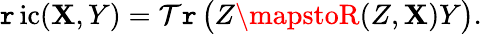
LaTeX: \operatorname{\mathtt{r}ic}(\mathbf{X},Y)=\operatorname{\mathcal{T}\mathtt{r}}{\big(}Z\mapstoR(Z,\mathbf{X})Y{\big)}.